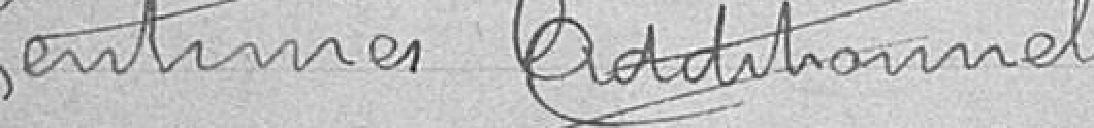
Centimes additionnels